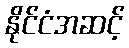
နိုင်ငံအဆင့်